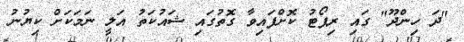
"ދަ ހިންދޫ" ގައި ރިޕޯޓު ކޮށްފައިވާ ގޮތުގައި ޝައުކަތު އަލީ ނަމަކަށް ކިޔުނު